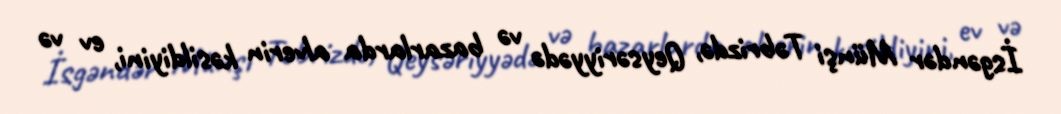
İsgəndər Münşi Təbrizdə, Qeysəriyyədə və bazarlarda alverin kəsildiyini, ev və